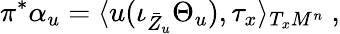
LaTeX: \pi^{*}\alpha_{u}=\langle u(\iota_{\bar{Z}_{u}}\Theta_{u}),\tau_{x}\rangle_{T_{x}M^{n}}\ ,